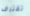
تقترف